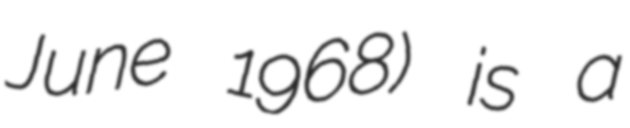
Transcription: June 1968) is a